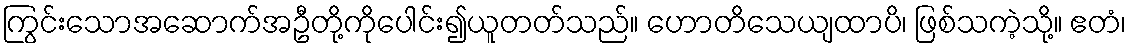
ကြွင်းသောအဆောက်အဦတို့ကိုပေါင်း၍ယူတတ်သည်။ ဟောတိသေယျထာပိ၊ ဖြစ်သကဲ့သို့။ ဧတံ၊